Report on lock hospitals in British Burma
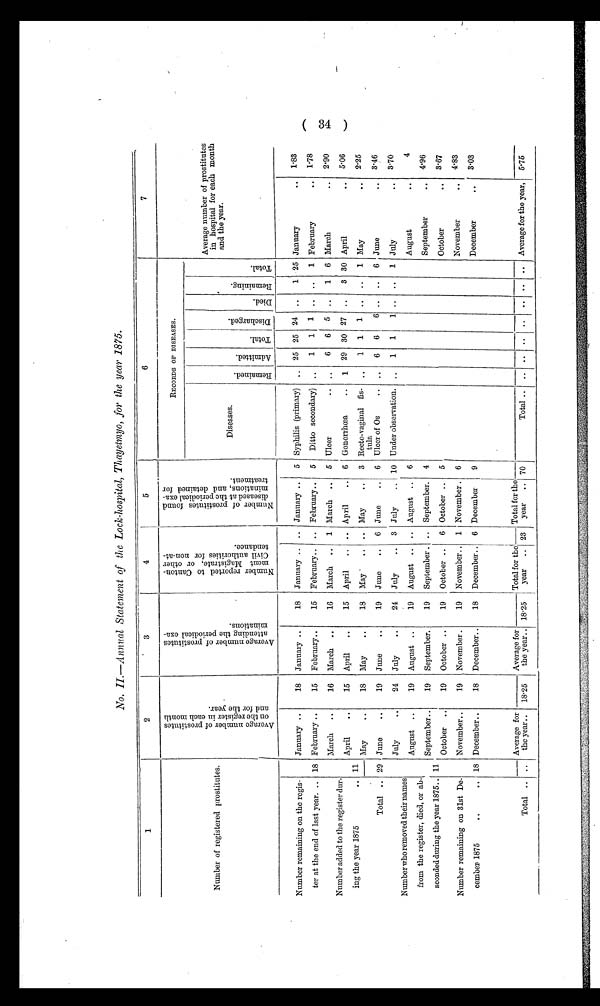
No. II.—Annual Statement of the Lock-hospital, Thayetmyo, for the year 1875.
1
2
3
4
5
6
7
Number of registered prostitutes.
A v e r a g e n u m b e r o f P r o s t i t u t e s
o n t h e r e g i s t e r i n e a c h m o n t h
a n d f o r t h e y e a r .
.
A v e r a g e n u m b e r o f P r o s t i t u t e s
a t t e n d i n g t h e P e r i o d i c a l e x a -m
i n a t i o n s .
.
N u m b e r r e p o r t e d t o C a n t o n -
m e n t M a g i s t r a t e , o r o t h e rC
i v i l a u t h o r i t i e s f o r n o n - a t -t
e n d a n c e .
N u m b e r o f P r o s t i t u t e s f o u n d
d i s e a s e d a t t h e P e r i o d i c a l e x a -
m i n a t i o n s , a n d d e t a i n e d f o rt
r e a t m e n t .
RECORDS OF DISEASES.
Average number of prostitutes
in hospital for each month
and the year.
Diseases.
R e m a i n e d .
A d m i t t e d .
T o t a l .
D i s c h a r g e d .
D i e d .
R e m a i n i n g .
T o t a l .
Number remaining on the regis-
ter at the end of last year. .. 18
January ..
18
January ..
18
January ..
.. January ..
5 Syphilis (primary)
. . 25 25 24
..
1 25 January
..
1.83
February ..
15
February..
15
February..
.. February..
5
Ditto secondary) ..
1
1 1 .. ..
1 February
. . 1.78
Number added to the register dur-
ing the year 1875
.. 11
March
..
16
March
..
16
March
..
1 March ..
5 Ulcer
..
..
6
6
5
..
1 6 March
..
2.90
April
..
15
April
..
15
April
..
.. April
..
6 Gonorrhœa
. .
1 29 30 27 ..
3 30 April
. . 5.06
May
. .
18
May
..
18
May
..
.. May
..
3 Recto-vaginal fis-
tula
..
1
1
1 ..
..
1 May
..
2.25
Total .. 29 June
..
19
June
..
19
June
..
6 June
..
6 Ulcer of Os
.. ..
6
6
6 ..
..
6 June
..
3.46
July
..
24
July
..
24
July
..
3 July
.. 10 Under observation. ..
1
1
1 ..
..
1 July
. . 3.70
Number who removed their names
from the register, died, or ab-
sconded during the year 1875.. 11
August
..
19
August ..
19
August ..
.. August ..
6
August
. .
4
September..
19
September.
19
September . .. September.
4
September
. .
4.96
October
..
19
October ..
19
October ..
6 October ..
5
October
..
3.67
Number remaining on 31st De-
November..
19
November .
19
November..
1 November . 6
November
. .
4.83
cember 1875
..
.. 18 December..
18
December..
18
December..
6 December
9
December
. .
3.03
Average for
the year..
Average for
the year..
Total for the
year
..
Total for the
year
.. 70
Total ..
..
..
..
. .
. . ..
Average for the year,
5.75
Total ..
..
18.25
18.25
23
(34)